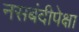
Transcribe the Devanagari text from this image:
नसबंदीपेक्षा